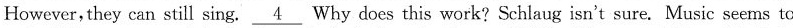
However, they can still sing. \underline{4} Why does this work? Schlaug isn't sure. Music seems to